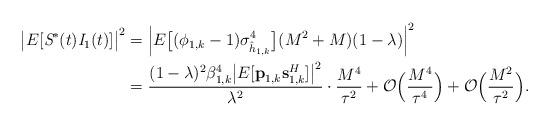
LaTeX: \begin{align*}\big|E[\textit{S}^{*}(t)\textit{I}_{1}(t)]\big|^2& = \Big|E\big[(\phi_{1,k}-1) \sigma_{\hat{h}_{1,k}}^4\big] (M^2 + M) (1-\lambda) \Big|^2 \\& = \frac{(1-\lambda)^2 \beta_{1,k}^4 \big|E[\textbf{p}_{1,k}\textbf{s}_{1,k}^H]\big|^2}{\lambda^2}\cdot\frac{M^4}{\tau^2} + \mathcal{O}\Big(\frac{M^4}{\tau^4}\Big) + \mathcal{O}\Big(\frac{M^2}{\tau^2}\Big).\end{align*}